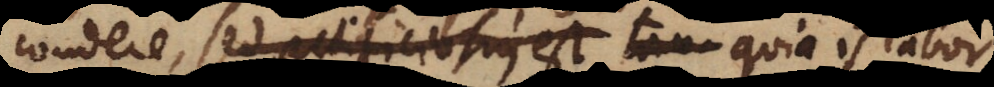
condere, sed artificiosius est tanquam quia is l